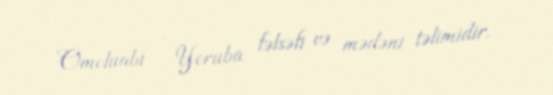
Omoluabi - Yoruba fəlsəfi və mədəni təlimidir.